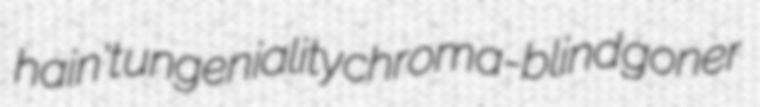
hain't ungeniality chroma-blind goner